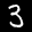
Label: 3